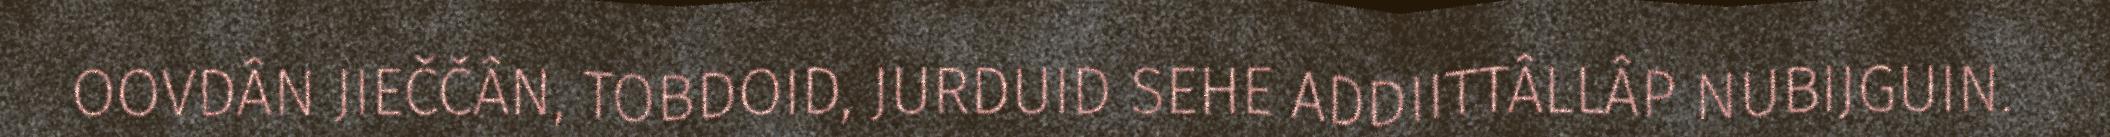
OOVDÂN JIEČČÂN, TOBDOID, JURDUID SEHE ADDIITTÂLLÂP NUBIJGUIN.